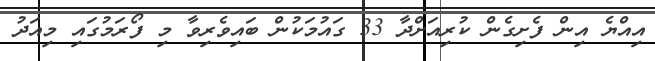
އިއްޔެ އިން ފެށިގެން ކުރިއަށްދާ 33 ގައުމަކުން ބައިވެރިވާ މި ފޯރަމުގައި މިއަދު